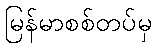
မြန်မာစစ်တပ်မှ